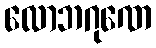
လောဘဂုဏေ